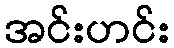
အင်းဟင်း